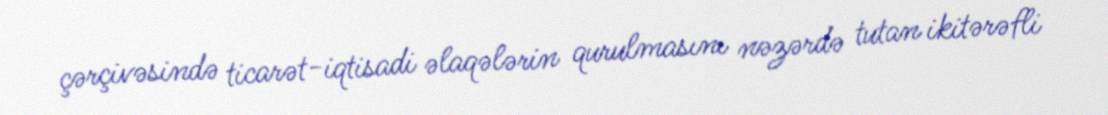
çərçivəsində ticarət-iqtisadi əlaqələrin qurulmasını nəzərdə tutan ikitərəfli